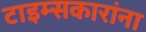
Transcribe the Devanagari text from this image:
टाइम्सकारांना